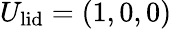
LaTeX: U_{\textrm{lid}}=(1,0,0)